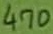
Text: 470